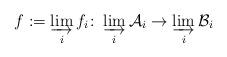
LaTeX: \begin{align*}f := \varinjlim_i f_i\colon \varinjlim_i \mathcal A_i \to \varinjlim_i \mathcal B_i\end{align*}